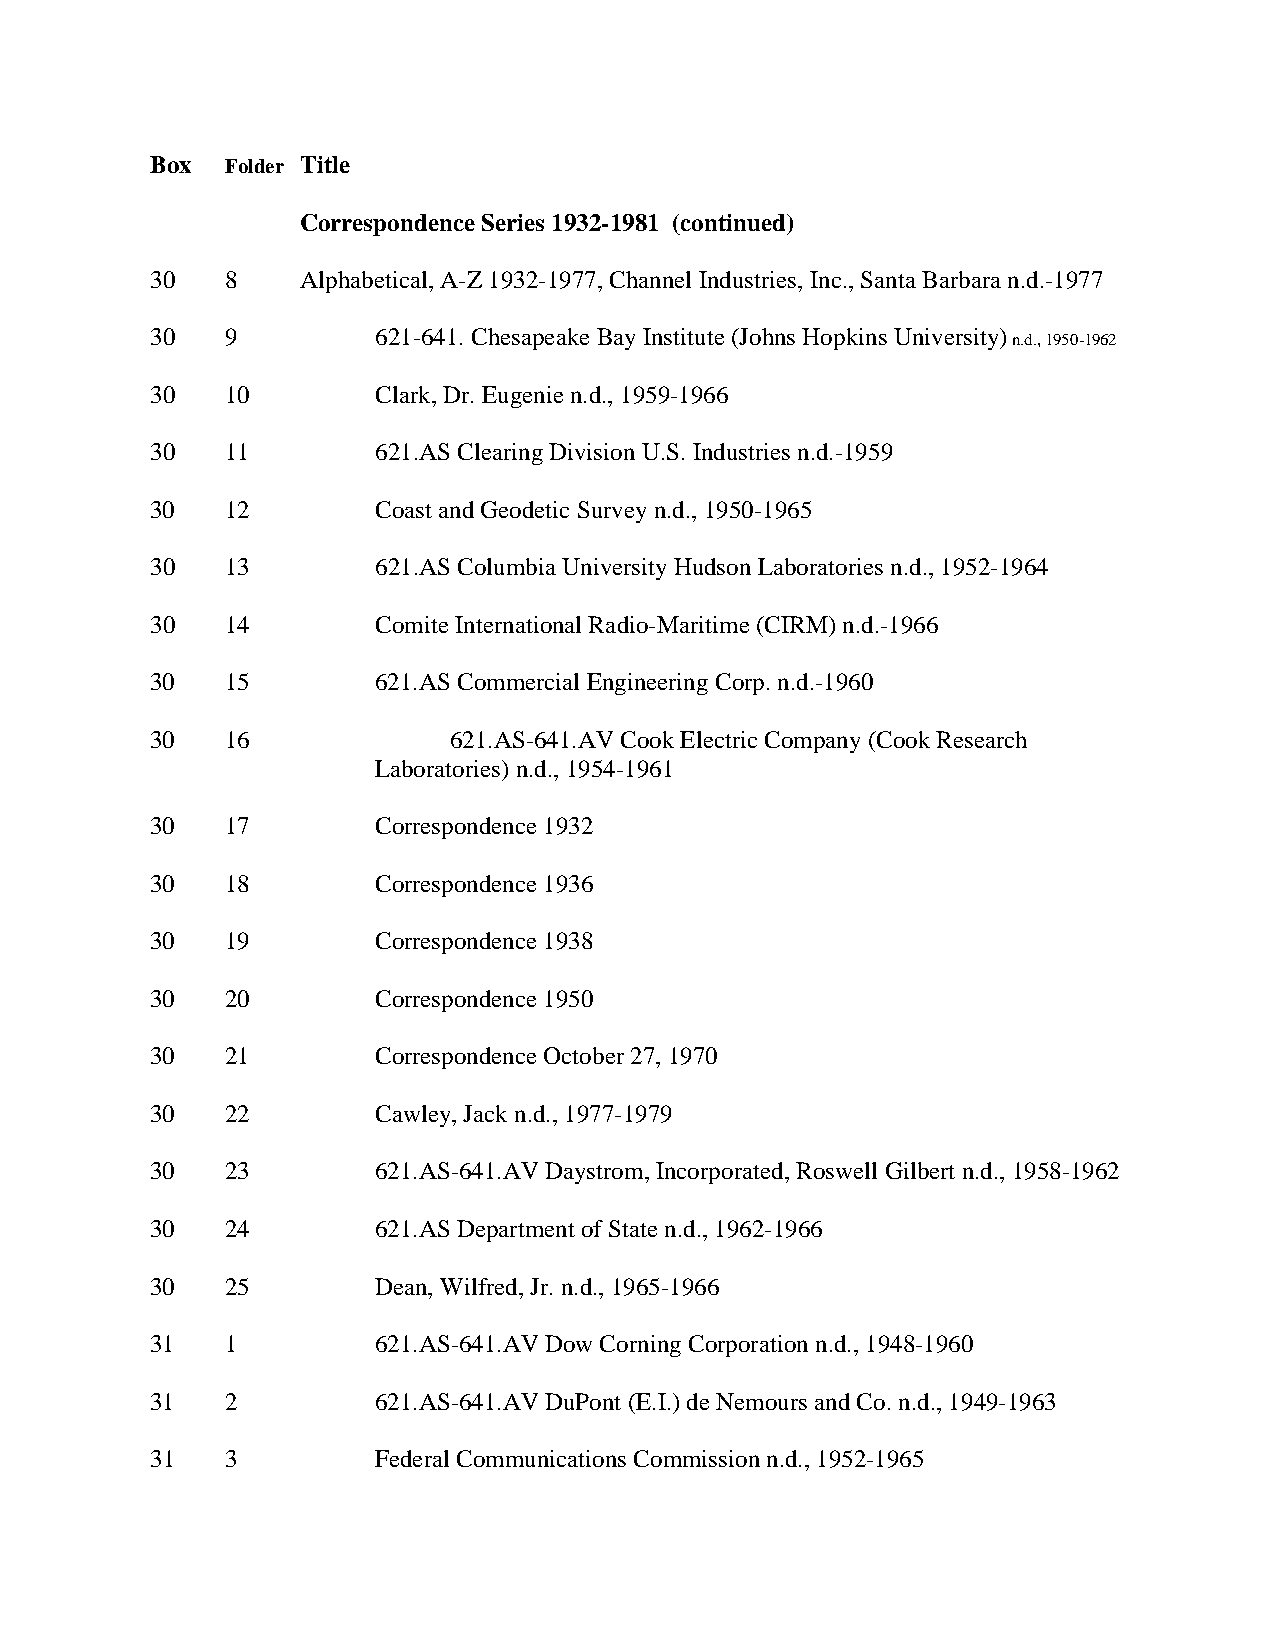
Box  Folder Title
 Correspondence Series 1932-1981 (continued)
 30   8    Alphabetical, A-Z 1932-1977, Channel Industries, Inc., Santa Barbara n.d.-1977
 30   9         621-641. Chesapeake Bay Institute (Johns Hopkins University) n.d., 1950-1962
 30   10        Clark, Dr. Eugenie n.d., 1959-1966
 30   11        621.AS Clearing Division U.S. Industries n.d.-1959
 30   12        Coast and Geodetic Survey n.d., 1950-1965
 30   13        621.AS Columbia University Hudson Laboratories n.d., 1952-1964
 30   14        Comite International Radio-Maritime (CIRM) n.d.-1966
 30   15        621.AS Commercial Engineering Corp. n.d.-1960
 30   16             621.AS-641.AV Cook Electric Company (Cook Research
 Laboratories) n.d., 1954-1961
 30   17        Correspondence 1932
 30   18        Correspondence 1936
 30   19        Correspondence 1938
 30   20        Correspondence 1950
 30   21        Correspondence October 27, 1970
 30   22        Cawley, Jack n.d., 1977-1979
 30   23        621.AS-641.AV Daystrom, Incorporated, Roswell Gilbert n.d., 1958-1962
 30   24        621.AS Department of State n.d., 1962-1966
 30   25        Dean, Wilfred, Jr. n.d., 1965-1966
 31   1         621.AS-641.AV Dow Corning Corporation n.d., 1948-1960
 31   2         621.AS-641.AV DuPont (E.I.) de Nemours and Co. n.d., 1949-1963
 31   3         Federal Communications Commission n.d., 1952-1965